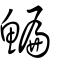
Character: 鯾